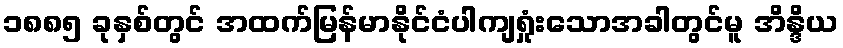
၁၈၈၅ ခုနှစ်တွင် အထက်မြန်မာနိုင်ငံပါကျရှုံးသောအခါတွင်မူ အိန္ဒိယ